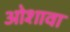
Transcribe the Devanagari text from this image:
ओशावा